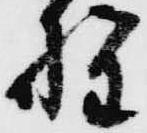
野